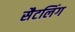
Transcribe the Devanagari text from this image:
सैटलिंग